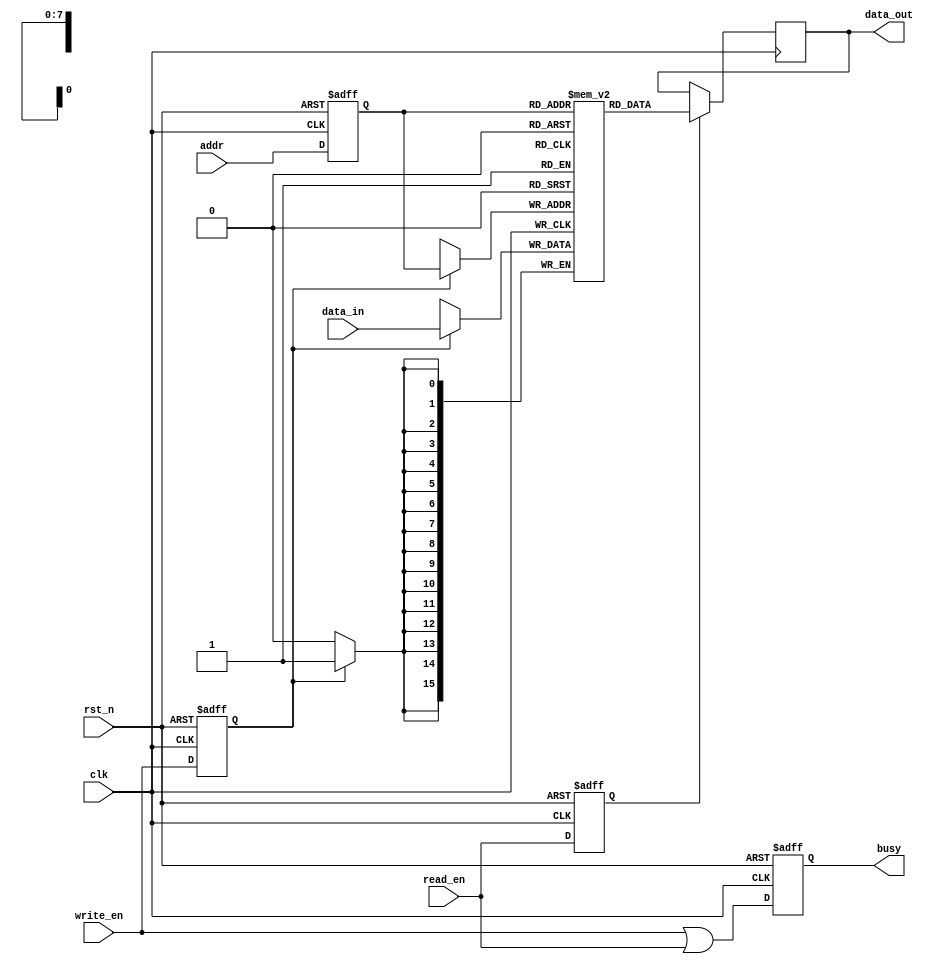
module MemoryBlock #(
    parameter ADDR_WIDTH = 8,  // Address width
    parameter DATA_WIDTH = 16,  // Data width
    parameter MEM_SIZE = 256     // Memory size
)(
    input wire clk,              // Clock signal
    input wire rst_n,            // Active low reset
    input wire write_en,         // Write enable signal
    input wire read_en,          // Read enable signal
    input wire [ADDR_WIDTH-1:0] addr, // Address input
    input wire [DATA_WIDTH-1:0] data_in, // Data input
    output reg [DATA_WIDTH-1:0] data_out, // Data output
    output reg busy              // Busy status signal
);

    // Memory array declaration
    reg [DATA_WIDTH-1:0] memory [0:MEM_SIZE-1];

    // Safe delay line for address and control signals
    reg [ADDR_WIDTH-1:0] addr_delayed;
    reg write_en_delayed;
    reg read_en_delayed;

    // Control logic for safe delay line
    always @(posedge clk or negedge rst_n) begin
        if (!rst_n) begin
            addr_delayed <= 0;
            write_en_delayed <= 0;
            read_en_delayed <= 0;
            busy <= 0;
        end else begin
            // Latch the address and control signals
            addr_delayed <= addr;
            write_en_delayed <= write_en;
            read_en_delayed <= read_en;
            busy <= write_en || read_en; // Set busy if any operation is ongoing
        end
    end

    // Write operation
    always @(posedge clk) begin
        if (write_en_delayed) begin
            memory[addr_delayed] <= data_in; // Write data to memory
        end
    end

    // Read operation
    always @(posedge clk) begin
        if (read_en_delayed) begin
            data_out <= memory[addr_delayed]; // Read data from memory
        end
    end

endmodule